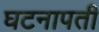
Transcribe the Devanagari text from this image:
घटनापती